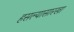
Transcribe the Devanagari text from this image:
हसल्यासारखा